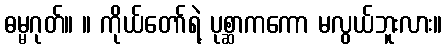
ဓမ္မဂုတ်။ ။ ကိုယ်တော်ရဲ့ ပုစ္ဆာကကော မလွယ်ဘူးလား။